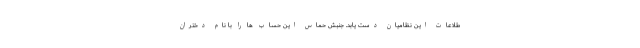
طلاعات این نظامیان دست یابد. جنبش حماس این حساب ها را با نام دختران